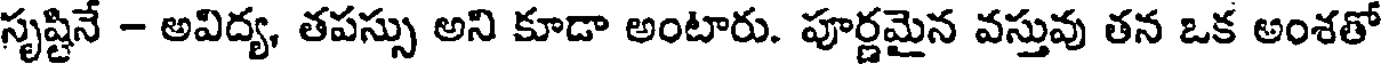
సృష్టినే - అవిద్య, తపస్సు అని కూడా అంటారు. పూర్ణమైన వస్తువు తన ఒక అంశతో